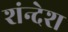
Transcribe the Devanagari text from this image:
शंन्देश